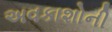
અવકાશોની